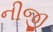
નીજી